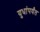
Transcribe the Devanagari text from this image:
युधांपर्यंत